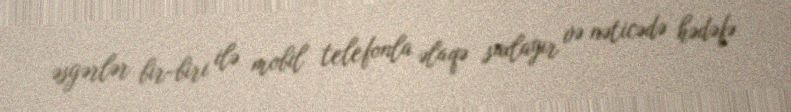
əsgərlər bir-biri ilə mobil telefonla əlaqə saxlayır və nəticədə hədəfə